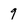
Character: 9